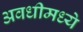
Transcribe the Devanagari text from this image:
अवधीमध्ये